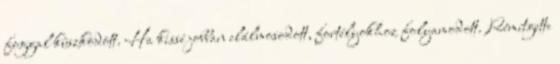
foggal küszködött. Ha kissé jobban elálmosodott, fortélyokhoz folyamodott. Rémítgette